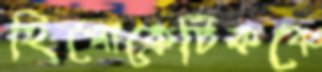
হিপোক্রেটিককে